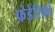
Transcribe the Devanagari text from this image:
फ़ेडेरिको